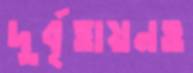
দুর্বৃত্তায়নও